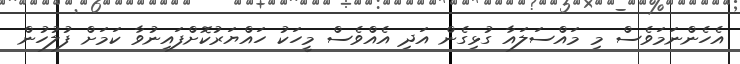
އެހެންނަމަވެސް މި މައްސަލައާ ގުޅިގެން އަދި އެއްވެސް މީހަކު ހައްޔަރުކޮށްފައިނުވާ ކަމަށް ފުލުހުން